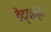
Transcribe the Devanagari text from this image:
वैद्यामृत